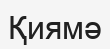
Қиямә